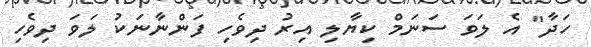
ހަދާ" އެ ލަވަ ސަނަމް ކިޔާލި އިރު ދިވެހި ފަންނާނަކު ލަވަ ދިވެހި